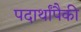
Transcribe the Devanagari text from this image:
पदार्थांपैकी